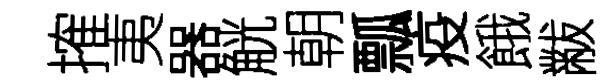
搉夷器觥朝瓢疫餓黻